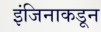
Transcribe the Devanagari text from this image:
इंजिनाकडून